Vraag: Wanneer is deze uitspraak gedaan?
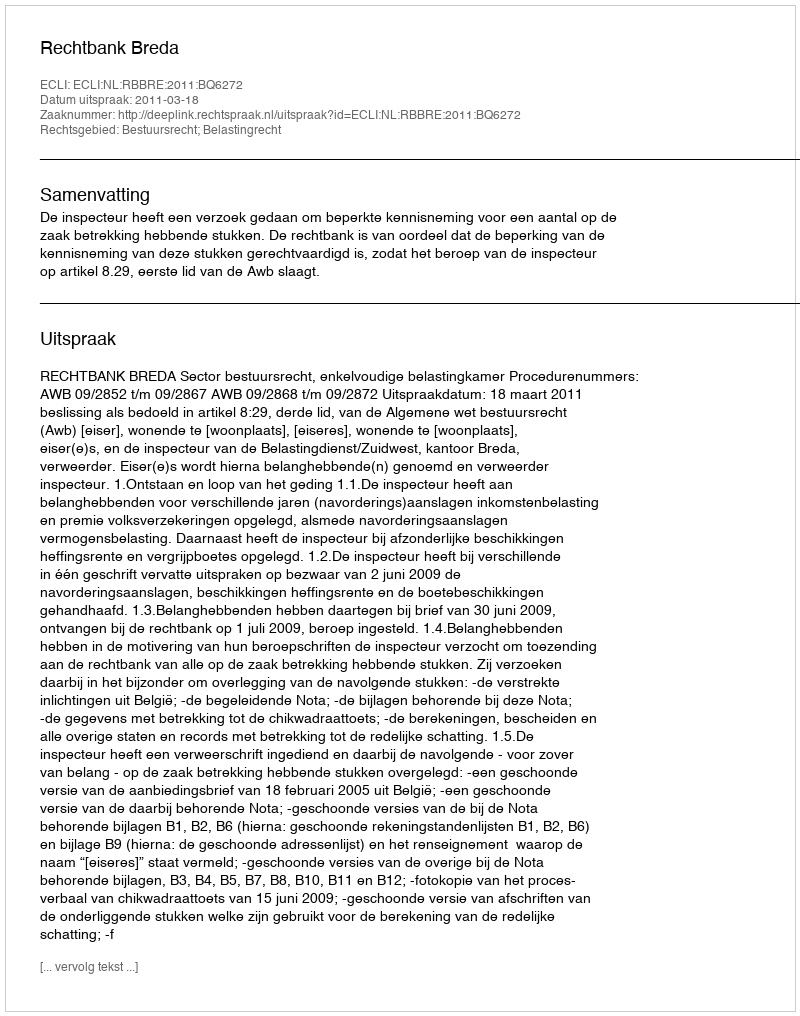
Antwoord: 2011-03-18